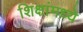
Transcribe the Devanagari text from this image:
शिक्षांमध्ये